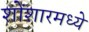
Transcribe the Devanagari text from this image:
शोंशारमध्ये